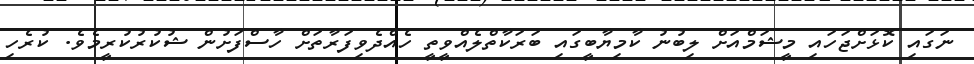
ނަގައި ކޮޅަށްޖަހައި މީޝަމްއަށް ލިބުނު ކާމިޔާބީގައި ބަރަކާތްލެއްވީތީ ހެއްދެވިފަރާތަށް ހާސްފަށުން ޝުކުރުކުރީމެވެ. ކުރެހި